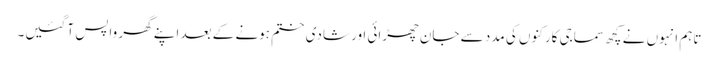
تاہم انہوں نے کچھ سماجی کارکنوں کی مدد سے جان چھڑائی اور شادی ختم ہونے کے بعد اپنے گھر واپس آ گئیں۔